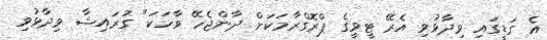
އެ ގަޑީގައި ވިދާޅުވި އެރޭ ޓީވީގެ ޕްރޮގްރާމަކަށް ދާންޖެހޭ ވާހަކަ" ގުރައިޝާ ވިދާޅުވި